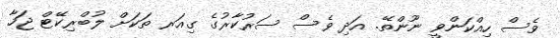
ވެސް ހިއްކަންވީ ނޫންތޭ. އަދި ވެސް ސަރުކާރުގެ ގިއަރ ތަކަށް ލުބްރިކޭޓް ޖަހާ